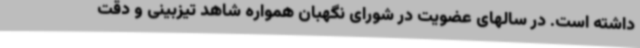
داشته است. در سالهای عضویت در شورای نگهبان همواره شاهد تیزبینی و دقت